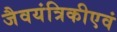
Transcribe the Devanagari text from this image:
जैवयंत्रिकीएवं